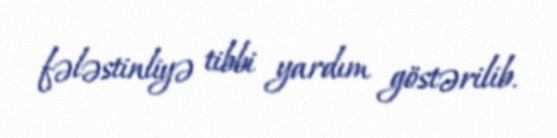
fələstinliyə tibbi yardım göstərilib.